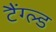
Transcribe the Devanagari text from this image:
टैंग्ल्ड